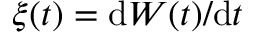
\xi ( t ) = \mathrm { d } W ( t ) / \mathrm { d } t